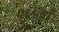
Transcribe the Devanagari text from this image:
१६५वाँ